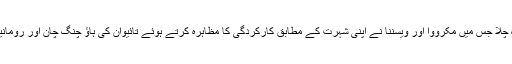
اس کے بعد خواتین ڈبلز کا فائنل صرف 55منٹ تک چلا جس میں مکرووا اور ویسننا نے اپنی شہرت کے مطابق کارکردگی کا مظاہرہ کرتے ہوئے تائیوان کی ہاؤ چنگ چان اور رومانیہ کی مونیکا نکولسک کو6-0،6-0سے شکست دی۔